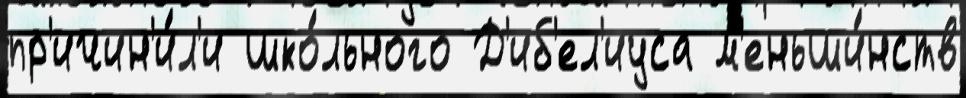
пр'ичин'и́л'и шко́льного Д'иб'ел'иуса м'еньши́нств